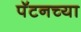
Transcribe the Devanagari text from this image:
पॅटनच्या